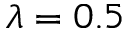
\lambda = 0 . 5